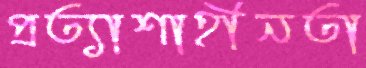
প্রত্যাশাহীনতা